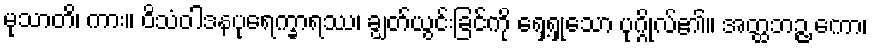
မုသာတိ၊ ကား။ ဝိသံဝါဒနပုရေက္ခာရဿ၊ ချွတ်ယွင်းခြင်ကို ရှေ့ရှုသော ပုဂ္ဂိုလ်၏။ အတ္ထဘဉ္ဇ ကော၊